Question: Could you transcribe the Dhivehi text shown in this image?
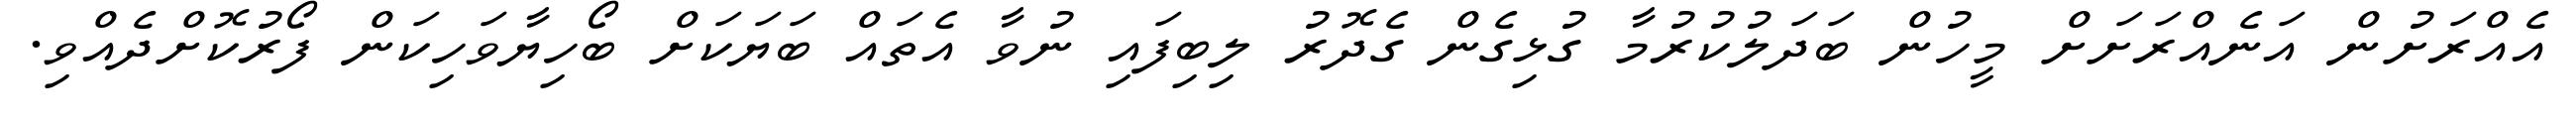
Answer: އެއްރަށުން އަނެއްރަށަށް މީހުން ބަދަލުކުރުމާ ގުޅިގެން ގެދޮރު ލިބިފައި ނުވާ އެތައް ބަޔަކަށް ބޯހިޔާވަހިކަން ފޯރުކޮށްދެއްވި.